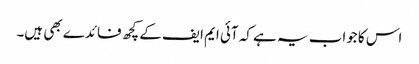
اس کا جواب یہ ہے کہ آئی ایم ایف کے کچھ فائدے بھی ہیں۔